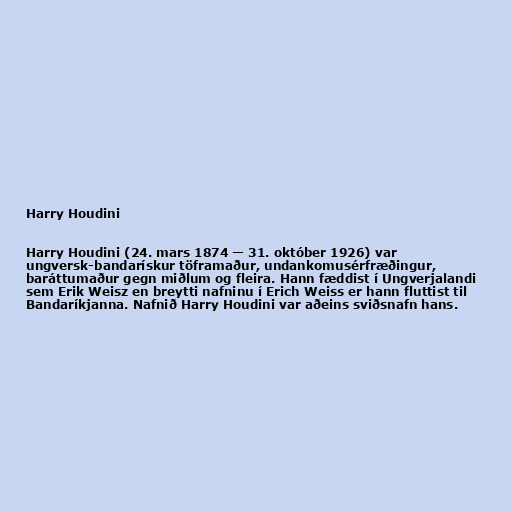
Harry Houdini

Harry Houdini (24. mars 1874 — 31. október 1926) var
ungversk-bandarískur töframaður, undankomusérfræðingur,
baráttumaður gegn miðlum og fleira. Hann fæddist í Ungverjalandi
sem Erik Weisz en breytti nafninu í Erich Weiss er hann fluttist til
Bandaríkjanna. Nafnið Harry Houdini var aðeins sviðsnafn hans.